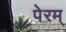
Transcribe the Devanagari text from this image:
पेरम्